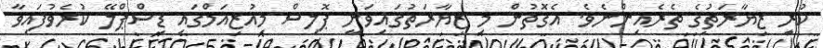
ކުރި ޒިޔާރަތުގެ ތެރެއިންނެވެ. އެގޮތުން މި ޒިޔާރަތުގައިވަނީ ޕޮލިސް މިއުޒިއަމްގައި ޑިސްޕްލޭ ކުރެވުފައިވާ